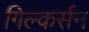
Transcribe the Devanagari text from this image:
गिल्कर्सन